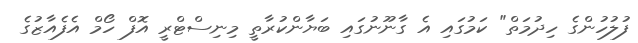
ފުލުހުންގެ ހިދުމަތް" ކަމުގައި އެ ގާނޫނުގައި ބަޔާންކުރާތީ މިނިސްޓްރީ އޮފް ހޯމް އެފެއާޒުގެ